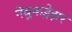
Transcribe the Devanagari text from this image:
नेबुकड्रेझर